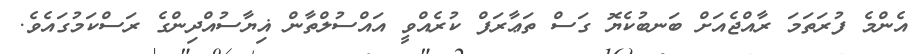
އެންމެ ފުރަތަމަ ރާއްޖެއަށް ބަނބުކެޔޮ ގަސް ތަޢާރަފް ކުރެއްވީ އައްސުލްތާން ޣިޔާސުއްދިންގެ ރަސްކަމުގައެވެ.